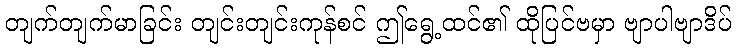
တျက်တျက်မာခြင်း တျင်းတျင်းကုန်စင် ဤရွေ့ထင်၏ ထိုပြင်ဗမှာ ဗျာပါဗျာဒိပ်